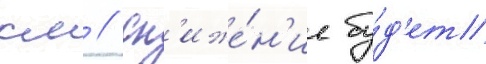
км // Сн'иже́н'ие бу́д'ет